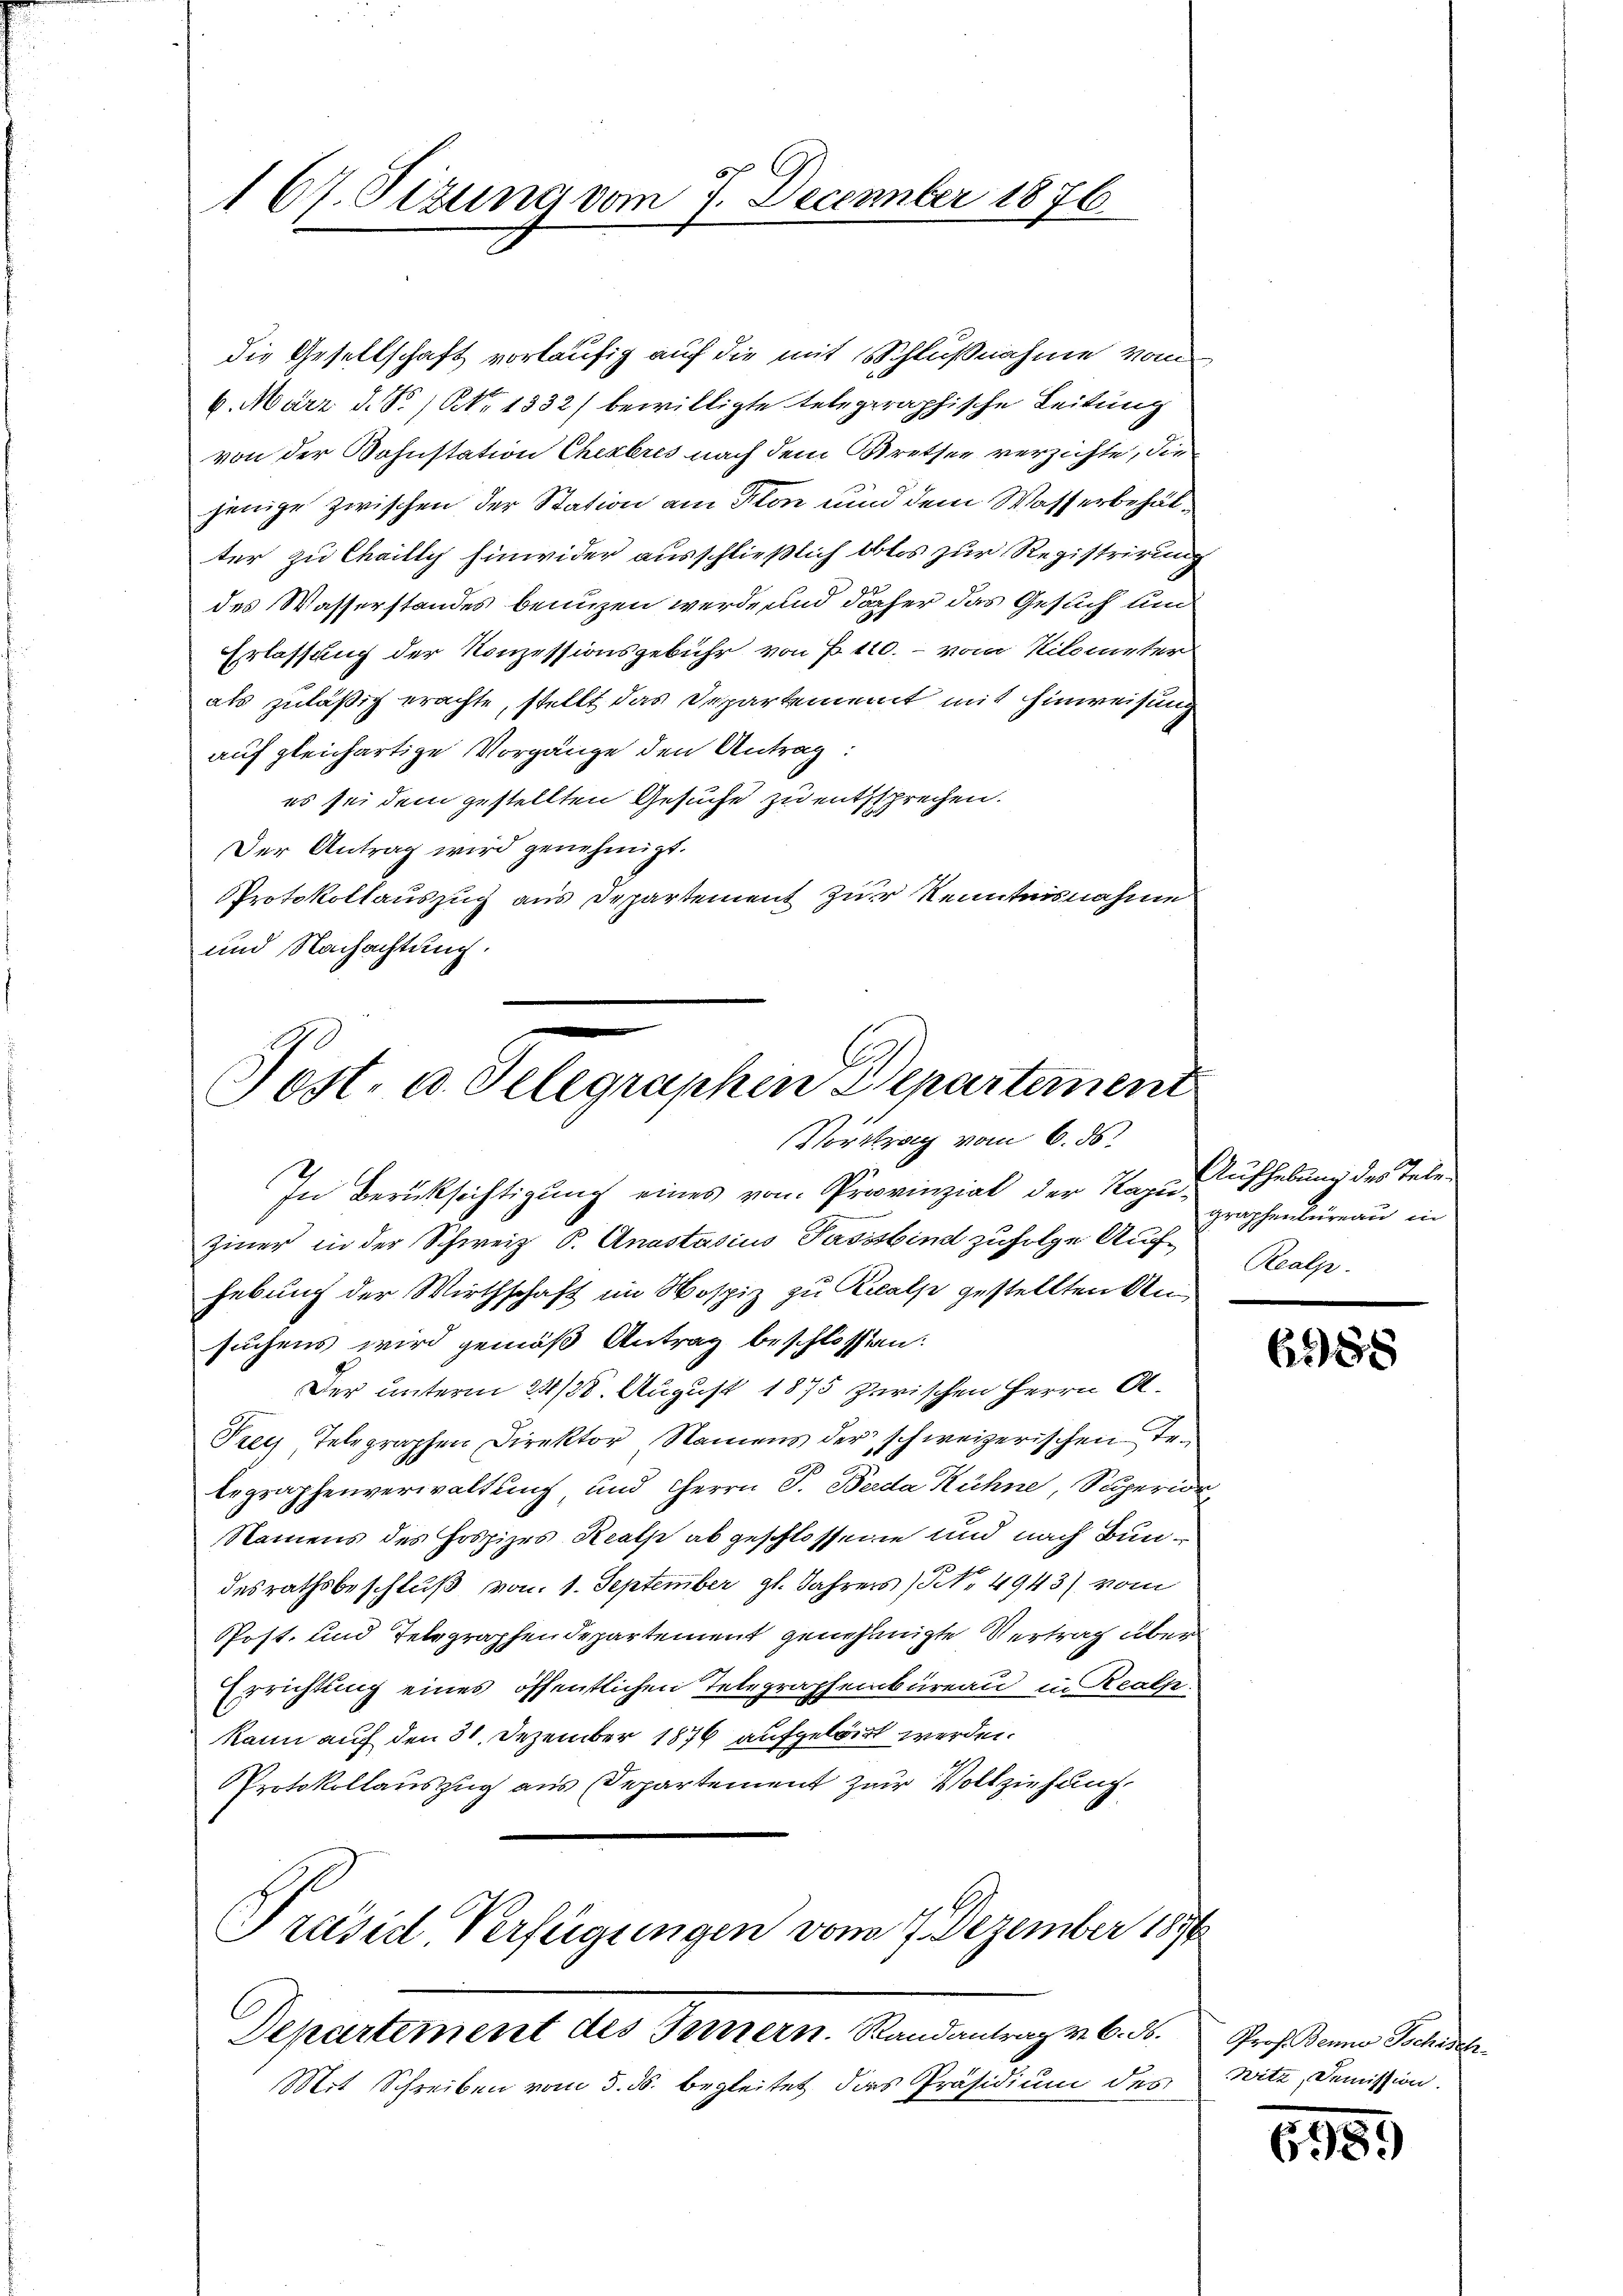
167. Sizung vom 7. December 1876.

die Gesellschaft vorläufig auf die mit Schlußnahme vom
6. März d. N. N. 1332) bewilligte telegraphische Leitung
von der Kohnstation Chexbres nach dem Bretter verzichte, die
jenige zwischen der Station am Son und dem Wasserbehälter zu Chailly hinwider ausschließlich blos zur Registrirung
des Wasserstandes benuzen werde und daher das Gesuch und
Erlassung der Konzessionsgebühr von P. 110. – vom Kilometer
als zuläßig erachte, stellt das Departement mit Hinweisung
auf gleichartige Vorgänge den Antrag:
es sei dem gestellten Gesuche zu entsprechen.
Der Antrag wird genehmigt.
PProtokollauszug aus Departement zur Kenntnisnahme
und Nachachtung.

Post- u. Telegraphen Departemen

Vortrag vom 6. ds.
In Berücksichtigung eines von Provinziat der Nagerhebung des Tele¬
Ziner in der Schweiz P. Anastasius Passstind zufolge Aufhebung der Wirthschaft im Mospiz zu Realp gestellten Ansuchens wird gemäß Antrag beschlossen:
Der unterm 23/38. August 1875 zwischen Herrn A.
Trey Telegraphen Direktor, Namens der schweizerischen Telegraphenverwaltung und Herrn P. Berda Kühne, Superi
Namens des Hospizes Realp abgeschlossene und nach Bundesrathsbeschluß vom 1. September gl. Jahrers (NNo. 4943) vom
Post- und Telegraphendepartement genehmigte Vertrag über
Errichtung eines öffentlichen Telegraphenbüreau in Realp
kann auf den 31. Dezember 1876 aufgelöst werden.
Protokollauszug aus Departement zur Vollziehung,
Präsid Verfügungen vom 7. Dezember 1890
Departement des Innern. Randantrag v. 6. d.
Mit Schreiben vom 3. ds. begleitet dies Präsidium des

graphenbureau in
Realp.

6988

Prof. Benne Schisch
witz, Demission.

6

)